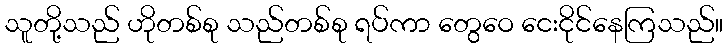
သူတို့သည် ဟိုတစ်စု သည်တစ်စု ရပ်ကာ တွေဝေ ငေးငိုင်နေကြသည်။